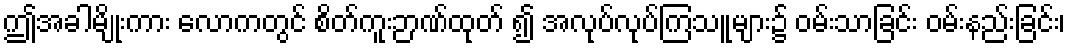
ဤအခါမျိုးကား လောကတွင် စိတ်ကူးဉာဏ်ထုတ် ၍ အလုပ်လုပ်ကြသူများ၌ ဝမ်းသာခြင်း ဝမ်းနည်းခြင်း၊